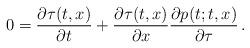
LaTeX: \begin{align*} 0 = \frac{\partial \tau(t,x)}{\partial t} + \frac{\partial \tau(t,x)}{\partial x}\frac{\partial p(t;t,x)}{\partial \tau} \,. \end{align*}